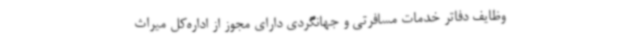
وظایف دفاتر خدمات مسافرتی و جهانگردی دارای مجوز از اداره‌کل میراث